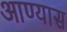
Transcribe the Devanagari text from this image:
आण्यास